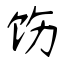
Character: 饬